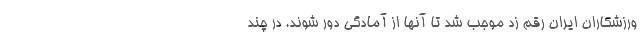
ورزشکاران ایران رقم زد موجب شد تا آنها از آمادگی دور شوند. در چند